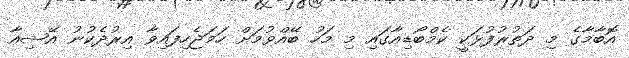
އޮބާމާގެ މި ދަތުރުފުޅަކީ ކެމްބޯޑިއާގައި މި މަހު ބޭއްވުމަށް ހަމަޖެހިފައިވާ އިރުދެކުނު އޭޝިއާ